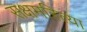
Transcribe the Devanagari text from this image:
सक्षमरित्या